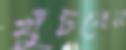
খুঁটবেন